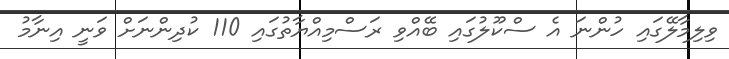
ވިލިމާލޭގައި ހުންނަ އެ ސްކޫލުގައި ބޭއްވި ރަސްމިއްޔާތުގައި 110 ކުދިންނަށް ވަނީ އިނާމު